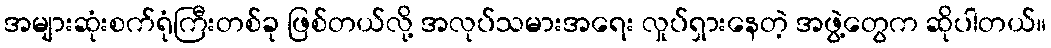
အများဆုံးစက်ရုံကြီးတစ်ခု ဖြစ်တယ်လို့ အလုပ်သမားအရေး လှုပ်ရှားနေတဲ့ အဖွဲ့တွေက ဆိုပါတယ်။